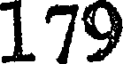
179